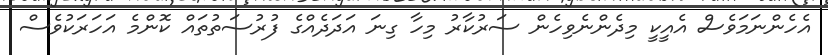
އެހެންނަމަވެސް އެއީކީ މިދެންނެވިހެން ސަރުކާރު މިހާ ގިނަ އަދަދެއްގެ ފުރުސަތުތައް ކޮންމެ އަހަރަކުވެސް